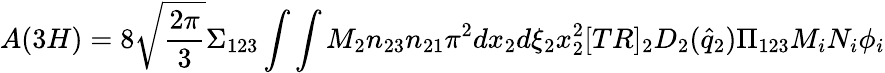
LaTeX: A(3H)=8{\sqrt{\frac{2\pi}{3}}}\Sigma_{123}\int\int M_{2}{n_{23}n_{21}}\pi^{2}dx_{2}d\xi_{2}x_{2}^{2}[TR]_{2}D_{2}({\hat{q}}_{2}){\Pi_{123}{M_{i}N_{i}\phi_{i}}}